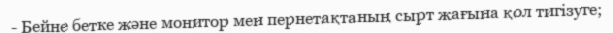
- Бейне бетке және монитор мен пернетақтаның сырт жағына қол тигізуге;